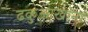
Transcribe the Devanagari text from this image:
ढकुआखाना